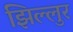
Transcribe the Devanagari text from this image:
झिल्लुर